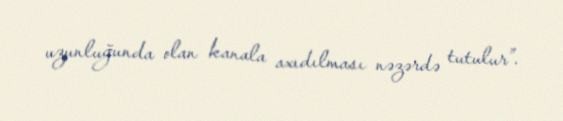
uzunluğunda olan kanala axıdılması nəzərdə tutulur”.